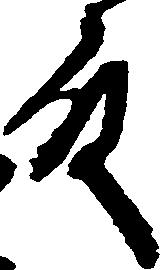
殿